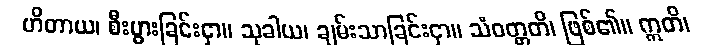
ဟိတာယ၊ စီးပွားခြင်းငှာ။ သုခါယ၊ ချမ်းသာခြင်းငှာ။ သံဝတ္တတိ၊ ဖြစ်၏။ ဣတိ၊